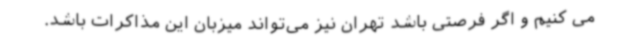
می کنیم و اگر فرصتی باشد تهران نیز می‌تواند میزبان این مذاکرات باشد.